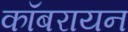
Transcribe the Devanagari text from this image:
कॉबरायन